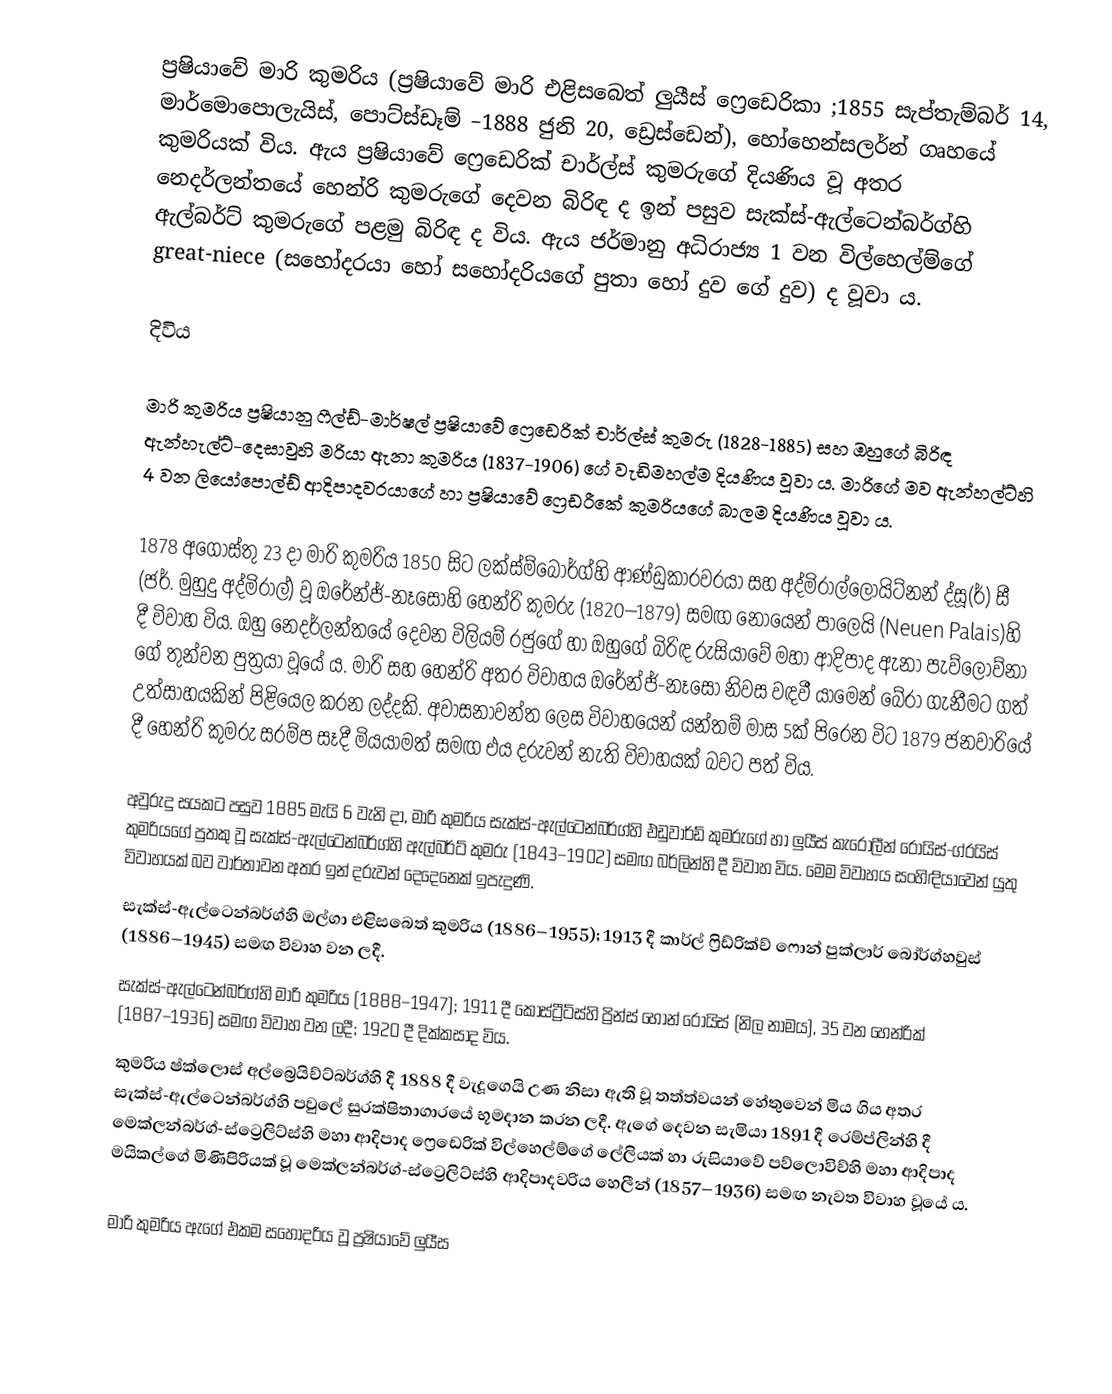
ප්‍රෂියාවේ මාරි කුමරිය (ප්‍රෂියාවේ මාරි එළිසබෙත් ලුයීස් ෆ්‍රෙඩෙරිකා ;1855 සැප්තැම්බර් 14, මාර්මොපොලැයිස්, පොට්ස්ඩෑම් –1888 ජුනි 20, ඩ්‍රෙස්ඩෙන්), හෝහෙන්සලර්න් ගෘහයේ කුමරියක් විය. ඇය ප්‍රෂියාවේ ෆ්‍රෙඩෙරික් චාර්ල්ස් කුමරුගේ දියණිය වූ අතර නෙදර්ලන්තයේ හෙන්රි කුමරුගේ දෙවන බිරිඳ ද ඉන් පසුව සැක්ස්-ඇල්ටෙන්බර්ග්හි ඇල්බර්ට් කුමරුගේ පළමු බිරිඳ ද විය. ඇය ජර්මානු අධිරාජ්‍ය 1 වන විල්හෙල්ම්ගේ great-niece (සහෝදරයා හෝ සහෝදරියගේ පුතා හෝ දුව ගේ දුව) ද වූවා ය.

දිවිය

මාරි කුමරිය ප්‍රෂියානු ෆීල්ඩ්-මාර්ෂල් ප්‍රෂියාවේ ෆ්‍රෙඩෙරික් චාර්ල්ස් කුමරු (1828-1885) සහ ඔහුගේ බිරිඳ ඇන්හැල්ට්-දෙසාවුහි මරියා ඇනා කුමරිය (1837-1906) ගේ වැඩිමහල්ම දියණිය වූවා ය. මාරිගේ මව ඇන්හල්ට්හි 4 වන ලියෝපොල්ඩ් ආදිපාදවරයාගේ හා ප්‍රෂියාවේ ෆ්‍රෙඩරීකේ කුමරියගේ බාලම දියණිය වූවා ය.

1878 අගෝස්තු 23 දා මාරි කුමරිය 1850 සිට ලක්ස්ම්බෝර්ග්හි ආණ්ඩුකාරවරයා සහ අද්මිරාල්ලොයිට්නන් ද්සූ(ර්) සී (ජර්. මුහුදු අද්මිරාල්) වූ ඔරේන්ජ්-නෑසෝහි හෙන්රි කුමරු (1820–1879) සමඟ නොයෙන් පාලෙයි (Neuen Palais)හි දී විවාහ විය. ඔහු නෙදර්ලන්තයේ දෙවන විලියම් රජුගේ හා ඔහුගේ බිරිඳ රුසියාවේ මහා ආදිපාද ඇනා පැව්ලොව්නා ගේ තුන්වන පුත්‍රයා වූයේ ය. මාරි සහ හෙන්රි අතර විවාහය ඔරේන්ජ්-නෑසෝ නිවස වඳවී යාමෙන් බේරා ගැනීමට ගත් උත්සාහයකින් පිළියෙල කරන ලද්දකි. අවාසනාවන්ත ලෙස විවාහයෙන් යන්තම් මාස 5ක් පිරෙන විට 1879 ජනවාරියේ දී හෙන්රි කුමරු සරම්ප සෑදී මියයාමත් සමඟ එය දරුවන් නැති විවාහයක් බවට පත් විය.

අවුරුදු සයකට පසුව 1885 මැයි 6 වැනි දා, මාරි කුමරිය සැක්ස්-ඇල්ටෙන්බර්ග්හි එඩුවාර්ඩ් කුමරුගේ හා ලුයීස් කැරොලීන් රොයිස්-ග්රයිස් කුමරියගේ පුතකු වූ සැක්ස්-ඇල්ටෙන්බර්ග්හි ඇල්බර්ට් කුමරු (1843–1902) සමඟ බර්ලින්හි දී විවාහ විය. මෙම විවාහය සංහිඳියාවෙන් යුතු විවාහයක් බව වාර්තාවන අතර ඉන් දරුවන් දෙදෙනෙක් ඉපැදුණි.
 සැක්ස්-ඇල්ටෙන්බර්ග්හි ඔල්ගා එළිසබෙත් කුමරිය (1886–1955); 1913 දී කාර්ල් ෆ්‍රිඩ්රික්ච් ෆොන් පුක්ලාර් බෝර්ග්හවුස් (1886–1945) සමඟ විවාහ වන ලදී.
 සැක්ස්-ඇල්ටෙන්බර්ග්හි මාරි කුමරිය (1888–1947); 1911 දී කොස්ට්‍රීට්ස්හි ප්‍රින්ස් හොන් රොයිස් (නිල නාමය), 35 වන හෙන්රික්  (1887–1936) සමඟ විවාහ වන ලදී; 1920 දී දික්කසාද විය.
කුමරිය ෂ්ක්ලොස් අල්බ්‍රෙයිච්ට්බර්ග්හි දී 1888 දී වැදූගෙයි උණ නිසා ඇති වූ තත්ත්වයන් හේතුවෙන් මිය ගිය අතර සැක්ස්-ඇල්ටෙන්බර්ග්හි පවුලේ සුරක්ෂිතාගාරයේ භූමදාන කරන ලදී. ඇගේ දෙවන සැමියා 1891 දී රෙම්ප්ලින්හි දී මෙක්ලන්බර්ග්-ස්ට්‍රෙලිට්ස්හි මහා ආදිපාද ෆ්‍රෙඩෙරික් විල්හෙල්ම්ගේ ලේලියක් හා රුසියාවේ පව්ලොවිච්හි මහා ආදිපාද මයිකල්ගේ මිණිපිරියක් වූ මෙක්ලන්බර්ග්-ස්ට්‍රෙලිට්ස්හි ආදිපාදවරිය හෙලීන් (1857–1936) සමඟ නැවත විවාහ වූයේ ය.

මාරි කුමරිය ඇගේ එකම සහෝදරිය වූ ප්‍රෂියාවේ ලුයීස